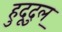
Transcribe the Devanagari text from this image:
हुदूदुल्